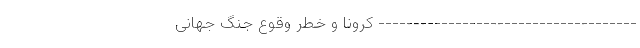
------------------------------------- کرونا و خطر وقوع جنگ جهانی